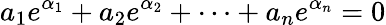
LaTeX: a_{1}e^{\alpha_{1}}+a_{2}e^{\alpha_{2}}+\cdots+a_{n}e^{\alpha_{n}}=0